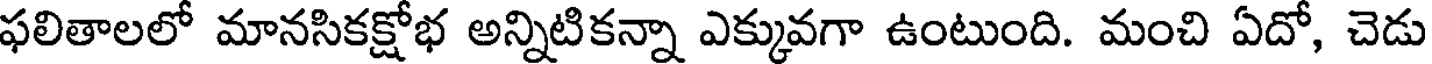
ఫలితాలలో మానసికక్షోభ అన్నిటికన్నా ఎక్కువగా ఉంటుంది. మంచి ఏదో, చెడు